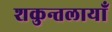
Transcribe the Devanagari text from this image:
शकुन्तलायाँ